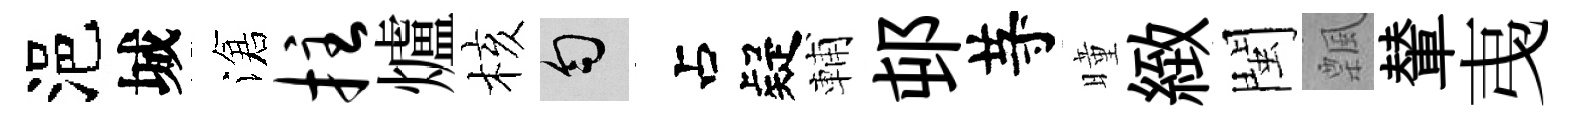
浥城滄拄爐核匀疑輔邨䒭曈緻閩飄輦𢎯